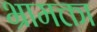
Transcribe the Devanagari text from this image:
भ्रामक्ता